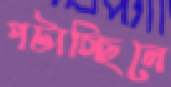
পটাচ্ছিলে